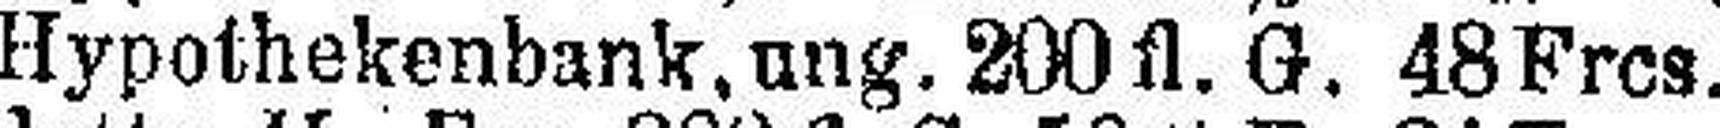
Hypothekenbank, ung. 200fl. G. 48 Frcs.